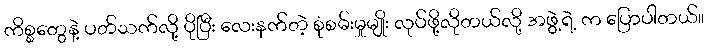
ကိစ္စတွေနဲ့ ပတ်သက်လို့ ပိုပြီး လေးနက်တဲ့ စုံစမ်းမှုမျိုး လုပ်ဖို့လိုတယ်လို့ အဖွဲ့ရဲ့ က ပြောပါတယ်။